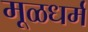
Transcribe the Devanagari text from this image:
मूळधर्म